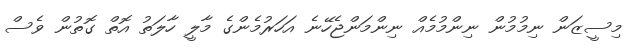
މިސީޒަން ނިމުމުން ނިންމުމެއް ނިންމަންޖެހޭނެ އަހަރުމެންގެ މާލީ ހާލަތު އޮތް ގޮތުން ވެސް